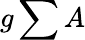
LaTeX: g\sum A